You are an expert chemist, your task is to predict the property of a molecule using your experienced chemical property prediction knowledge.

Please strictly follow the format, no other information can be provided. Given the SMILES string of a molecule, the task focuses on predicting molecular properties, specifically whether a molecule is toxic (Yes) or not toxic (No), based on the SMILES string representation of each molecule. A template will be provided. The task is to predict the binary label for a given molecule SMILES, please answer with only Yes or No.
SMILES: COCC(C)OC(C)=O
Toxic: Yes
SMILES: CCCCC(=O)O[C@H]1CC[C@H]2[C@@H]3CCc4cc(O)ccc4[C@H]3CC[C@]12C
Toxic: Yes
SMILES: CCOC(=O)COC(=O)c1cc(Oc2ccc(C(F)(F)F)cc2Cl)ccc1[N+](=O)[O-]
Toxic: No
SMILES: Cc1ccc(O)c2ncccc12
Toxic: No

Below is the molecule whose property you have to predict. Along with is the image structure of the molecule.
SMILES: CC(C(=O)O)c1ccc(N2Cc3ccccc3C2=O)cc1
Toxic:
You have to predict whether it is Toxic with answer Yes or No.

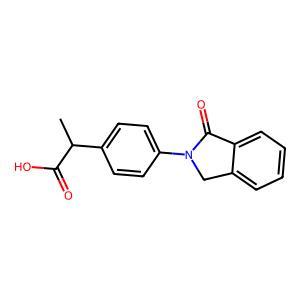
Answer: No